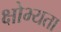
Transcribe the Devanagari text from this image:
क्षोभ्यता